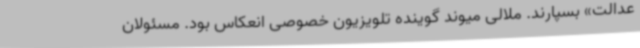
عدالت» بسپارند. ملالی میوند گوینده‌ تلویزیون خصوصی انعکاس بود. مسئولان